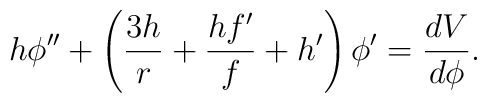
h\phi''+\left(\frac{3h}{r}+\frac{h f'}{f}+h'\right)\phi'=\frac{dV}{d\phi}.